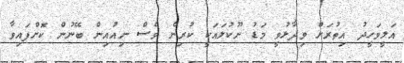
އަލީވަހީދު އިތުރަށް ވިދާޅުވީ މަޑު ނޫކުލައަކީ ކުރިން ވެސް ނިއުއިން ބޭނުން ކޮށްފައިވާ